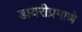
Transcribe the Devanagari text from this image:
डायरीप्रमाणे